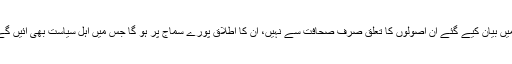
آزادی رائے کے باب میں بیان کیے گئے ان اصولوں کا تعلق صرف صحافت سے نہیں، ان کا اطلاق پورے سماج پر ہو گا جس میں اہل سیاست بھی آئیں گے اور سوشل میڈیا بھی۔